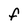
Character: f